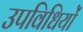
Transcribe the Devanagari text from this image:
उपविधियों